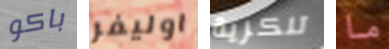
باكو اوليفر تنكرية ما